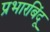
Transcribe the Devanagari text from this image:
प्रभारबिंदू